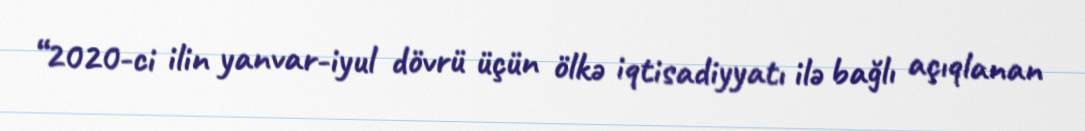
“2020-ci ilin yanvar-iyul dövrü üçün ölkə iqtisadiyyatı ilə bağlı açıqlanan